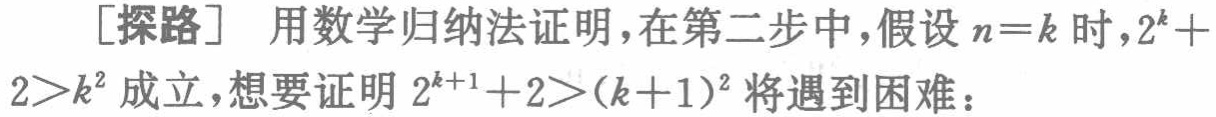
[探路] 用数学归纳法证明，在第二步中，假设\(n = k\)时，\(2^{k}+2>k^{2}\)成立，想要证明\(2^{k + 1}+2>(k + 1)^{2}\)将遇到困难：